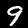
Label: 9